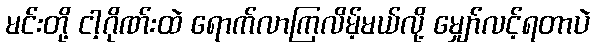
မင်းတို့ ငါ့ဂိုဏ်းထဲ ရောက်လာကြလိမ့်မယ်လို့ မျှော်လင့်ရတာပဲ